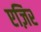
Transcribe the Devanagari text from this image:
एज़िर